Problem: 4 × 3 = ?
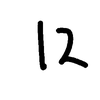
Handwritten answer: 12